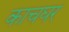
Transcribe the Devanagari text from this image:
काचघर